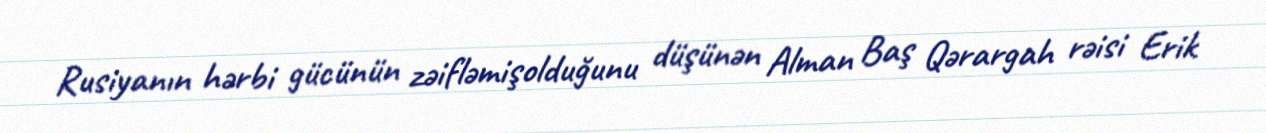
Rusiyanın hərbi gücünün zəifləmişolduğunu düşünən Alman Baş Qərargah rəisi Erik